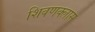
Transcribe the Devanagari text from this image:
शिवणक्लास